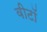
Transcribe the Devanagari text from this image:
वीटॉ